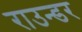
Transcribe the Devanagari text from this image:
राउन्डर